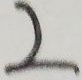
2